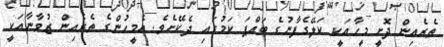
ތެރެއިން ދޮށީ މީހާއަކީ ކަލޭގެފާނުގެ ބައްޕަ ކަމުގައި ދެކޭށެވެ. އެމީހުންގެ ތެރެއިން ޒުވާނާއަކީ